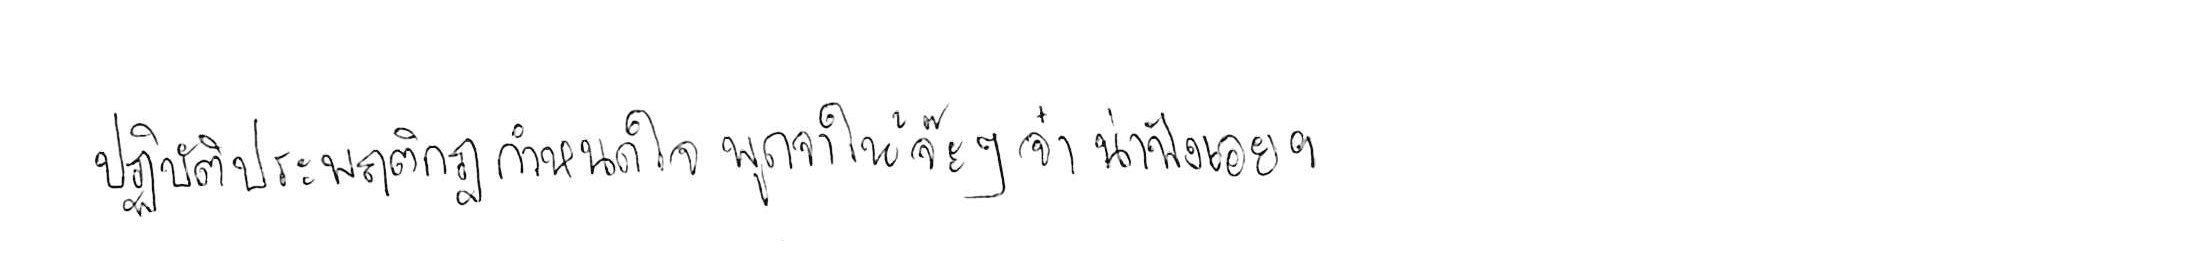
ปฏิบัติประพฤติกฎกำหนดใจ พูดจาให้จ๊ะๆ จ๋า น่าฟังเอยฯ